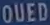
OUED